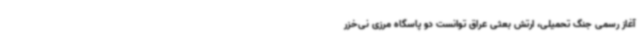
آغاز رسمی جنگ تحمیلی، ارتش بعثی عراق توانست دو پاسگاه مرزی نی‌خزر